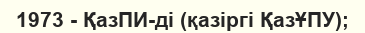
1973 - ҚазПИ-ді (қазіргі ҚазҰПУ);